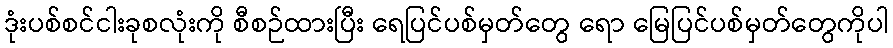
ဒုံးပစ်စင်ငါးခုစလုံးကို စီစဉ်ထားပြီး ရေပြင်ပစ်မှတ်တွေ ရော မြေပြင်ပစ်မှတ်တွေကိုပါ